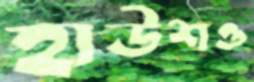
হাউশও